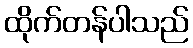
ထိုက်တန်ပါသည်